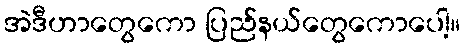
အဲဒီဟာတွေကော ပြည်နယ်တွေကောပေါ့။